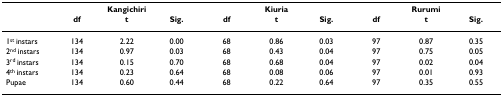
<table><thead><tr><td></td><td colspan="3"><b>Kangichiri</b></td><td colspan="3"><b>Kiuria</b></td><td colspan="3"><b>Rurumi</b></td></tr><tr><td></td><td><b>df</b></td><td><b>t</b></td><td><b>Sig.</b></td><td><b>df</b></td><td><b>t</b></td><td><b>Sig.</b></td><td><b>df</b></td><td><b>t</b></td><td><b>Sig.</b></td></tr></thead><tbody><tr><td>1<sup>st </sup>instars</td><td>134</td><td>2.22</td><td>0.00</td><td>68</td><td>0.86</td><td>0.03</td><td>97</td><td>0.87</td><td>0.35</td></tr><tr><td>2<sup>nd </sup>instars</td><td>134</td><td>0.97</td><td>0.03</td><td>68</td><td>0.43</td><td>0.04</td><td>97</td><td>0.75</td><td>0.05</td></tr><tr><td>3<sup>rd </sup>instars</td><td>134</td><td>0.15</td><td>0.70</td><td>68</td><td>0.68</td><td>0.04</td><td>97</td><td>0.02</td><td>0.04</td></tr><tr><td>4<sup>th </sup>instars</td><td>134</td><td>0.23</td><td>0.64</td><td>68</td><td>0.08</td><td>0.06</td><td>97</td><td>0.01</td><td>0.93</td></tr><tr><td>Pupae</td><td>134</td><td>0.60</td><td>0.44</td><td>68</td><td>0.22</td><td>0.64</td><td>97</td><td>0.35</td><td>0.55</td></tr></tbody></table>